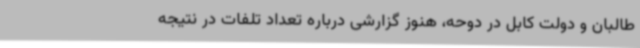
طالبان و دولت کابل در دوحه، هنوز گزارشی درباره تعداد تلفات در نتیجه